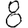
Digit: 8